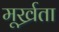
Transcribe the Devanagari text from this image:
मूर्ख्रता